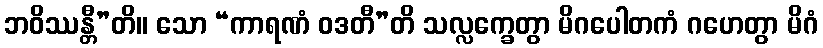
ဘဝိဿန္တီ”တိ။ သော “ကာရဏံ ဝဒတီ”တိ သလ္လက္ခေတွာ မိဂပေါတကံ ဂဟေတွာ မိဂံ